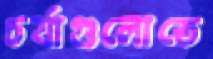
চর্যাগুলোতে